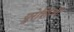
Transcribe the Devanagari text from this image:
युरेशिआ